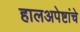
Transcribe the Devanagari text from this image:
हालअपेष्टांचे